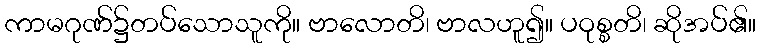
ကာမဂုဏ်၌တပ်သောသူကို။ ဗာလောတိ၊ ဗာလဟူ၍။ ပဝုစ္စတိ၊ ဆိုအပ်၏။